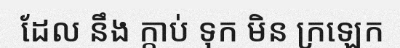
ដែល នឹង ក្តាប់ ទុក មិន ក្រឡេក